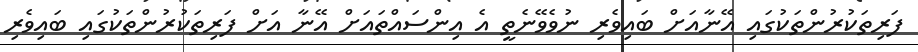
ފަރިތަކުރުންތަކުގައި އޭނާއަށް ބައިވެރި ނުވެވޭނެތީ އެ އިންސައްތައަށް އޭނާ އަށް ފަރިތަކުރުންތަކުގައި ބައިވެރި